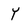
Character: Y